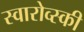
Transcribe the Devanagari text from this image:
स्वारोव्स्की